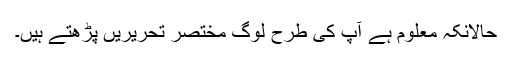
حالانکہ معلوم ہے آپ کی طرح لوگ مختصر تحریریں پڑھتے ہیں۔